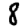
Digit: 8